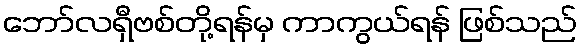
ဘော်လရှီဗစ်တို့ရန်မှ ကာကွယ်ရန် ဖြစ်သည်